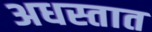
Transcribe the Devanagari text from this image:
अधस्तात